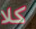
كلا